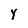
Character: y